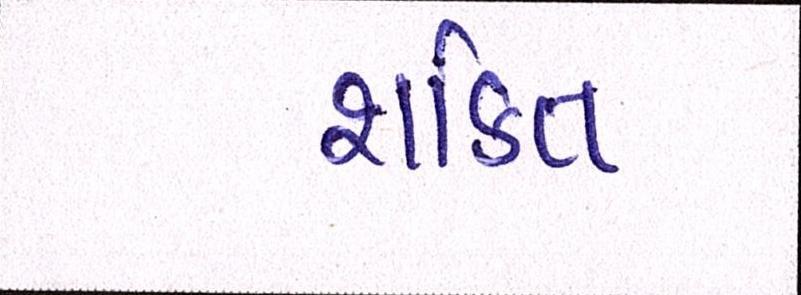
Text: શકિત